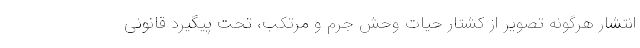
انتشار هرگونه تصویر از کشتار حیات وحش جرم و مرتکب، تحت پیگیرد قانونی